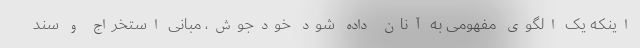
اینکه یک الگوی مفهومی به آنان داده شود خودجوش، مبانی استخراج و سند